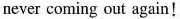
never coming out again!